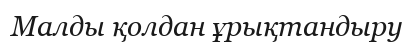
Малды қолдан ұрықтандыру